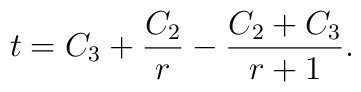
t=C_3 +\frac{C_2 }{r} -\frac{C_2+ C_3 }{r+1}.